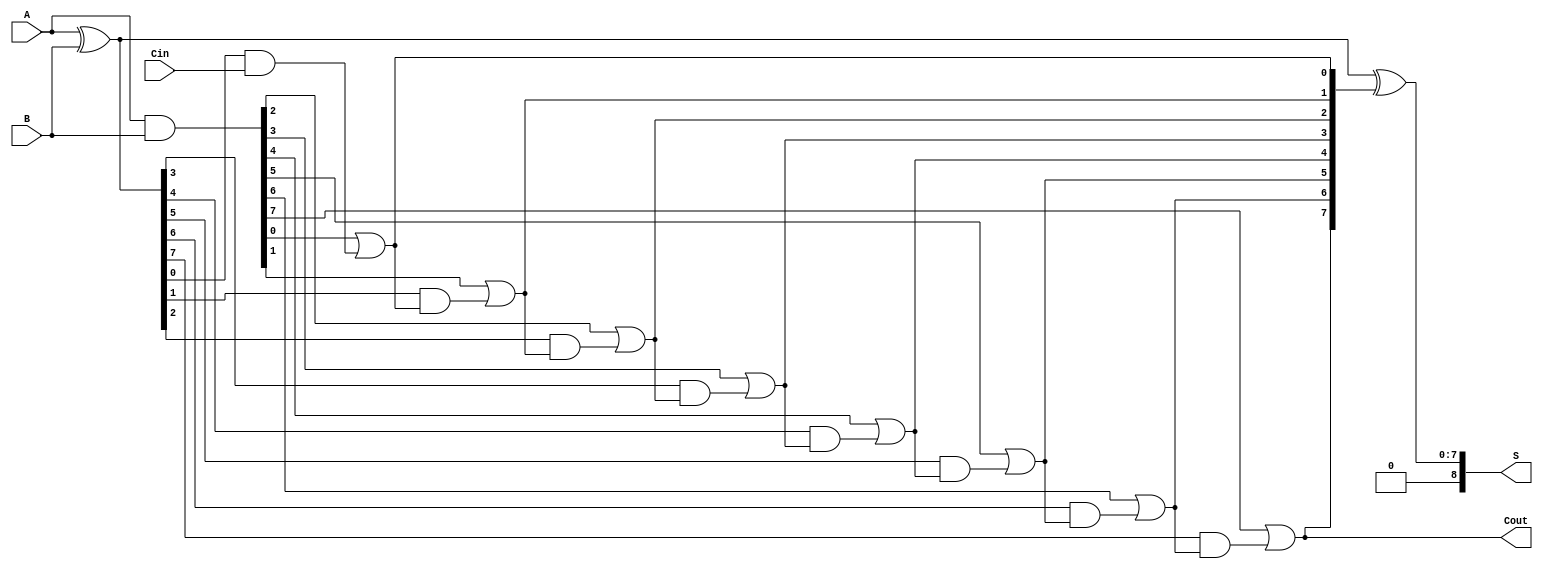
module PrecomputationCarryAdder #(
    parameter N = 8  // Parameter for the number of bits
)(
    input  wire [N-1:0] A,       // First n-bit input
    input  wire [N-1:0] B,       // Second n-bit input
    input  wire Cin,              // Carry-in
    output wire [N:0] S,          // Sum output (n+1 bits)
    output wire Cout              // Carry-out
);

    // Intermediate carry, generate, and propagate signals
    wire [N-1:0] G; // Generate signals
    wire [N-1:0] P; // Propagate signals
    wire [N:0] C;   // Carry signals

    // Generate and propagate equations
    assign G = A & B;             // Generate: G[i] = A[i] & B[i]
    assign P = A ^ B;             // Propagate: P[i] = A[i] ^ B[i]

    // Carry calculation
    assign C[0] = Cin;            // C[0] = Cin

    genvar i;
    generate
        for (i = 1; i <= N; i = i + 1) begin : carry_calc
            assign C[i] = G[i-1] | (P[i-1] & C[i-1]); // C[i] = G[i-1] + (P[i-1] & C[i-1])
        end
    endgenerate

    // Sum calculation
    assign S = A ^ B ^ C[N:1];    // S[i] = A[i] ^ B[i] ^ C[i]

    // Carry-out
    assign Cout = C[N];           // Cout = C[n]

endmodule